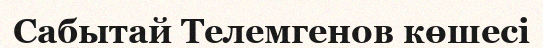
Сабытай Телемгенов көшесі